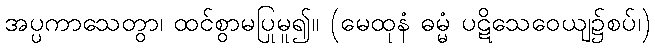
အပ္ပကာသေတွာ၊ ထင်စွာမပြုမူ၍။ (မေထုနံ ဓမ္မံ ပဋိသေဝေယျ၌စပ်၊)